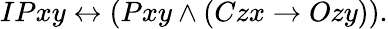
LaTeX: IPxy\leftrightarrow(Pxy\land(Czx\rightarrow Ozy)).